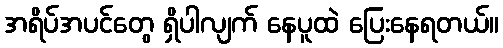
အရိပ်အပင်တွေ ရှိပါလျက် နေပူထဲ ပြေးနေရတယ်။